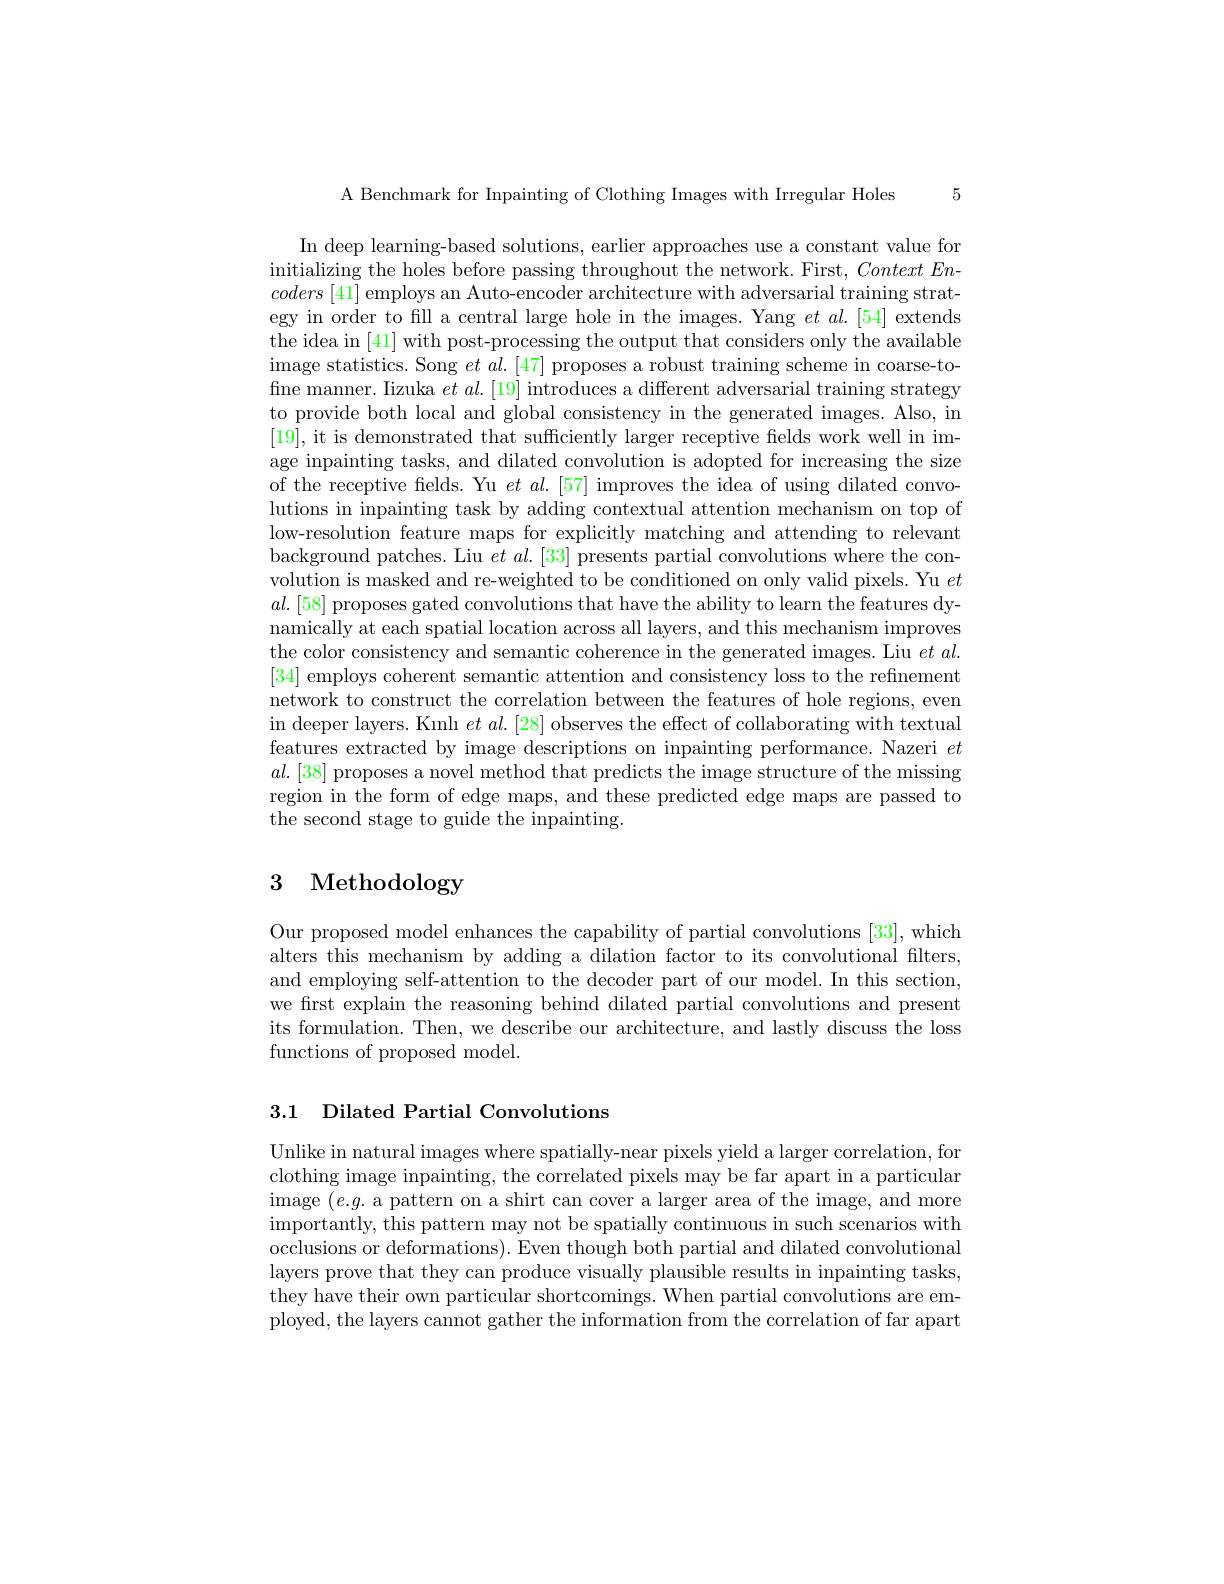
5

A Benchmark for Inpainting of Clothing Images with Irregular Holes

In deep learning-based solutions, earlier approaches use a constant value for initializing the holes before passing throughout the network. First, ContextEn- $coders\left[41\right]$employs an Auto-encoder architecture with adversarial training strategy in order to fill a central large hole in the images. Yang $et\textit{al. [ 54] extends}$ the idea in [41] with post-processing the output that considers only the available image statistics. Song et al. [ 47] proposes a robust training scheme in coarse- to- fine manner. Iizuka $et$ al. [19] introduces a different adversarial training strategy to provide both local and global consistency in the generated images. Also, in [19], it is demonstrated that sufficiently larger receptive fields work well in image inpainting tasks, and dilated convolution is adopted for increasing the size of the receptive fields. Yu $et\textit{al. [ 57] improves the idea of using dilated convo- }$ lutions in inpainting task by adding contextual attention mechanism on top of low-resolution feature maps for explicitly matching and attending to relevant background patches. Liu $et\textit{al. [ 33] presents partial convolutions where the con- }$ volution is masked and re-weighted to be conditioned on only valid pixels. Yu $et$ $al.[58]$ proposes gated convolutions that have the ability to learn the features dynamically at each spatial location across all layers, and this mechanism improves the color consistency and semantic coherence in the generated images. Liu $et\textit{al}.$ [34] employs coherent semantic attention and consistency loss to the refinement network to construct the correlation between the features of hole regions, even in deeper layers. Kınlı $et\textit{al. [ 28] observes the effect of collaborating with textual}$ features extracted by image descriptions on inpainting performance. Nazeri $et$ $al.[38]$ proposes a novel method that predicts the image structure of the missing region in the form of edge maps, and these predicted edge maps are passed to the second stage to guide the inpainting.

# 3 Methodology

Our proposed model enhances the capability of partial convolutions [33], which alters this mechanism by adding a dilation factor to its convolutional filters, and employing self-attention to the decoder part of our model. In this section, we frst explain the reasoning behind dilated partial convolutions and present its formulation. Then, we describe our architecture, and lastly discuss the loss functions of proposed model.

## 3.1 Dilated Partial Convolutions

Unlike in natural images where spatially-near pixels yield a larger correlation, for clothing image inpainting, the correlated pixels may be far apart in a particular image $(e.g.$ a pattern on a shirt can cover a larger area of the image, and more importantly, this pattern may not be spatially continuous in such scenarios with occlusions or deformations). Even though both partial and dilated convolutional layers prove that they can produce visually plausible results in inpainting tasks they have their own particular shortcomings. When partial convolutions are employed, the layers cannot gather the information from the correlation of far apart